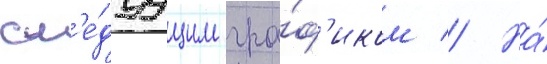
сл'е́дуущим гра́ф'иком // На́